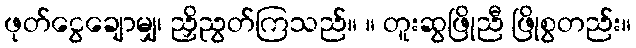
ဖုတ်ငွေချောမျှ၊ ညှိညွတ်ကြသည်။ ။ တူးဆွဖြိုညီ ဖြိုစွတည်း။